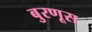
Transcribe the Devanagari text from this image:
बुरणूस